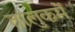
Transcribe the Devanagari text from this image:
तालुकमें